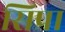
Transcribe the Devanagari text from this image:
सिप्रा